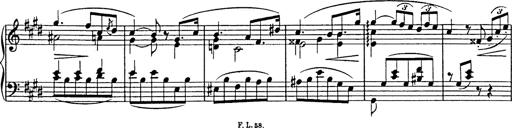
Title: Consolations
Composer: Franz Liszt